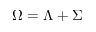
\Omega = \Lambda + \Sigma